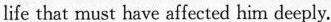
life that must have affected him deeply.